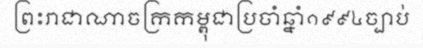
ព្រះរាជាណាចក្រកម្ពុជាប្រចាំឆ្នាំ១៩៩៤ច្បាប់